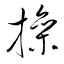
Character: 撡